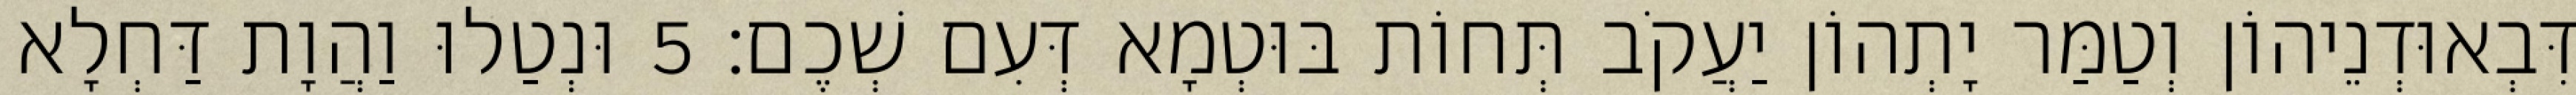
דִּבְאוּדְנֵיהוֹן וְטַמַּר יָתְהוֹן יַעֲקֹב תְּחוֹת בּוּטְמָא דְּעִם שְׁכֶם׃ 5 וּנְטַלוּ וַהֲוָת דַּחְלָא